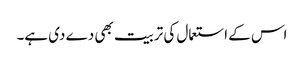
اس کے استعمال کی تربیت بھی دے دی ہے۔